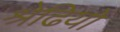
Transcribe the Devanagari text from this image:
श्रेढियों